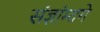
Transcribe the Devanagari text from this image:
संज्ञांमागे